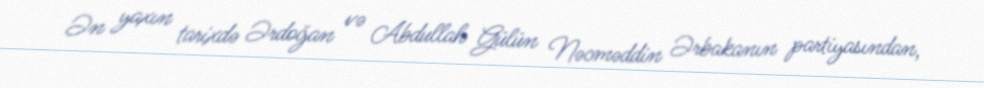
Ən yaxın tarixdə Ərdoğan və Abdullah Gülün Nəcməddin Ərbakanın partiyasından,